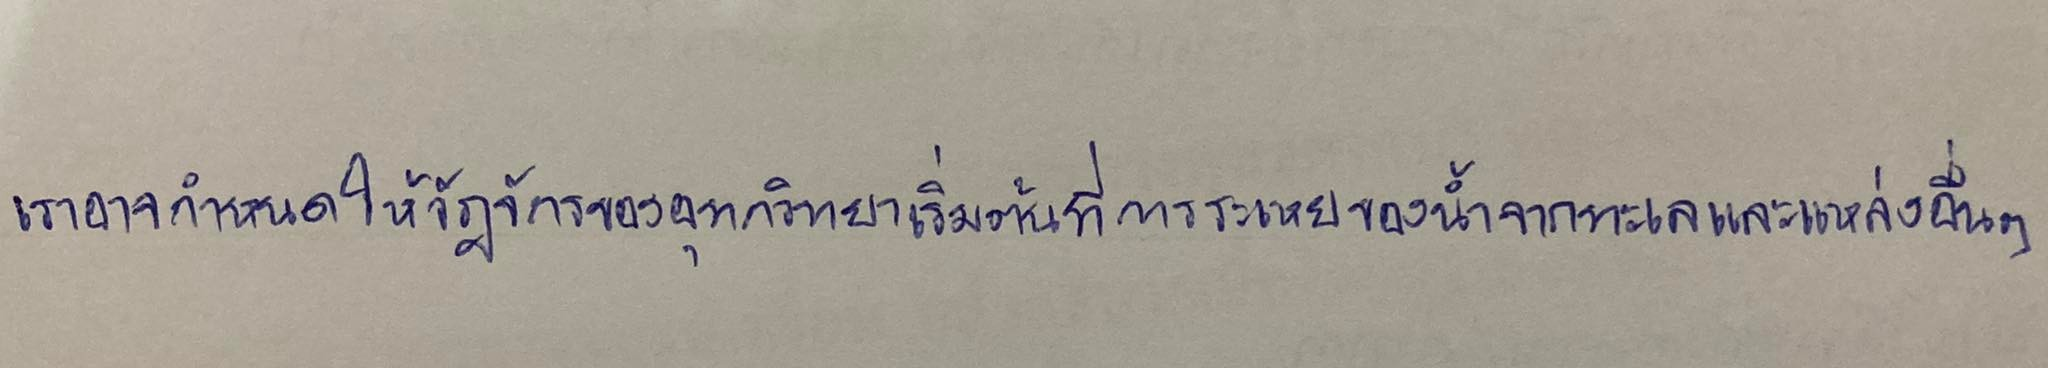
เราอาจกำหนดให้วัฎจักรของอุทกวิทยาเริ่มต้นที่การระเหยของน้ำจากทะเลและแหล่งอื่นๆ